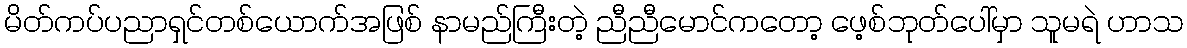
မိတ်ကပ်ပညာရှင်တစ်ယောက်အဖြစ် နာမည်ကြီးတဲ့ ညီညီမောင်ကတော့ ဖေ့စ်ဘုတ်ပေါ်မှာ သူမရဲ ဟာသ